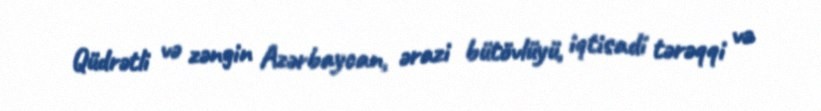
Qüdrətli və zəngin Azərbaycan, ərazi bütövlüyü, iqtisadi tərəqqi və